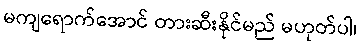
မကျရောက်အောင် တားဆီးနိုင်မည် မဟုတ်ပါ၊